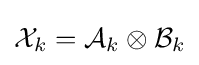
{\mathcal {X}}_{k}={\mathcal {A}}_{k}\otimes {\mathcal {B}}_{k}